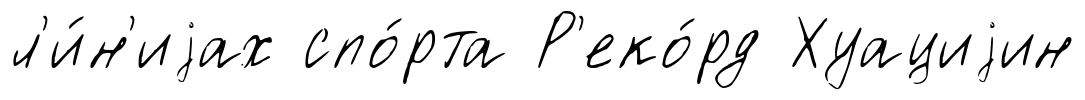
л'и́н'иjах спо́рта Р'еко́рд Хуациjин